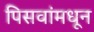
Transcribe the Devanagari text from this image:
पिसवांमधून